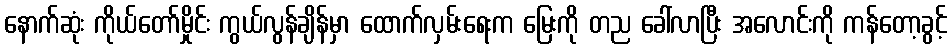
နောက်ဆုံး ကိုယ်တော်မှိုင်း ကွယ်လွန်ချိန်မှာ ထောက်လှမ်းရေးက မြေးကို တည ခေါ်လာပြီး အလောင်းကို ကန်တော့ခွင့်